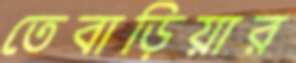
তেবাড়িয়ার